Indian journal of veterinary science and animal husbandry - Volumes 24-25, 1954-1955
Year: 1954
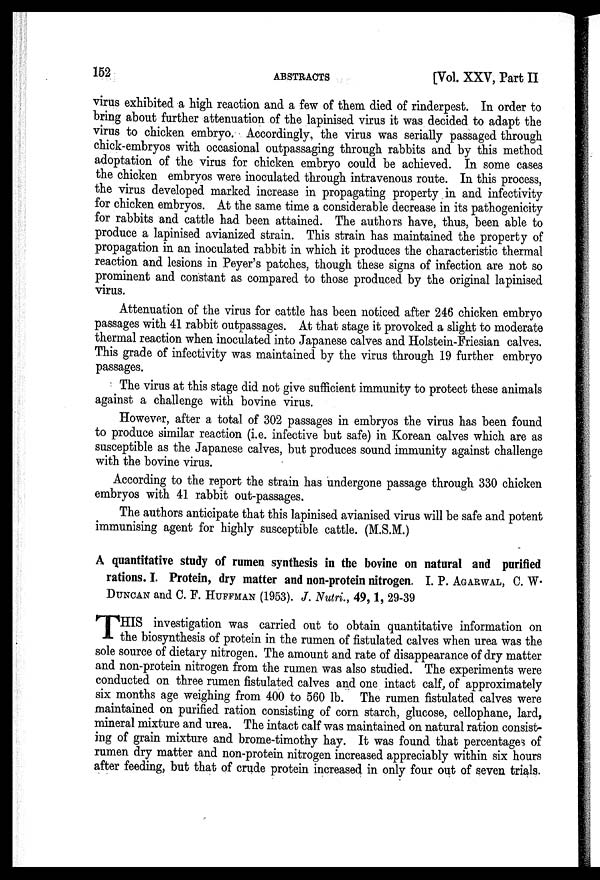
152
ABSTRACTS
[Vol. XXV, Part II
virus exhibited a high reaction and a few of them died of rinderpest. In order to
bring about further attenuation of the lapinised virus it was decided to adapt the
virus to chicken embryo. Accordingly, the virus was serially passaged through
chick-embryos with occasional outpassaging through rabbits and by this method
adoptation of the virus for chicken embryo could be achieved. In some cases
the chicken embryos were inoculated through intravenous route. In this process,
the virus developed marked increase in propagating property in and infectivity
for chicken embryos. At the same time a considerable decrease in its pathogenicity
for rabbits and cattle had been attained. The authors have, thus, been able to
produce a lapinised avianized strain. This strain has maintained the property of
propagation in an inoculated rabbit in which it produces the characteristic thermal
reaction and lesions in Peyer's patches, though these signs of infection are not so
prominent and constant as compared to those produced by the original lapinised
virus.
Attenuation of the virus for cattle has been noticed after 246 chicken embryo
passages with 41 rabbit outpassages. At that stage it provoked a slight to moderate
thermal reaction when inoculated into Japanese calves and Holstein-Friesian calves.
This grade of infectivity was maintained by the virus through 19 further embryo
passages.
The virus at this stage did not give sufficient immunity to protect these animals
against a challenge with bovine virus.
However, after a total of 302 passages in embryos the virus has been found
to produce similar reaction (i.e. infective but safe) in Korean calves which are as
susceptible as the Japanese calves, but produces sound immunity against challenge
with the bovine virus.
According to the report the strain has undergone passage through 330 chicken
embryos with 41 rabbit out-passages.
The authors anticipate that this lapinised avianised virus will be safe and potent
immunising agent for highly susceptible cattle. (M.S.M.)
A quantitative study of rumen synthesis in the bovine on natural and purified
rations. I. Protein, dry matter and non-protein nitrogen. I. P. AGARWAL, C. W.
DUNCAN and C. F. HUFFMAN (1953). J. Nutri., 49, 1, 29-39
T HIS investigation was carried out to obtain quantitative information on
the biosynthesis of protein in the rumen of fistulated calves when urea was the
sole source of dietary nitrogen. The amount and rate of disappearance of dry matter
and non-protein nitrogen from the rumen was also studied. The experiments were
conducted on three rumen fistulated calves and one intact calf, of approximately
six months age weighing from 400 to 560 lb. The rumen fistulated calves were
maintained on purified ration consisting of corn starch, glucose, cellophane, lard,
mineral mixture and urea. The intact calf was maintained on natural ration consist-
ing of grain mixture and brome-timothy hay. It was found that percentages of
rumen dry matter and non-protein nitrogen increased appreciably within six hours
after feeding, but that of crude protein increased in only four out of seven trials.